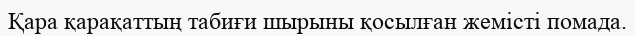
Қара қарақаттың табиғи шырыны қосылған жемісті помада.